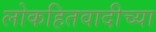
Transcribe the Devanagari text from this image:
लोकहितवादीच्या